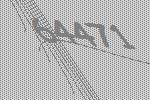
64471